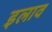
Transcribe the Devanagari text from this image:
इलाव